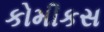
કોમીકસ